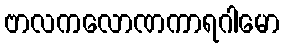
ဗာလကလောဏကာရဂါမော